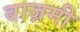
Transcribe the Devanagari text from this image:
बाज़मी